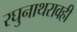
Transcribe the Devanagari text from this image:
रघुनाथरावही